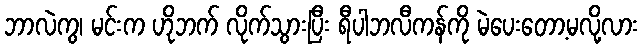
ဘာလဲကွ၊ မင်းက ဟိုဘက် လိုက်သွားပြီး ရီပါဘလီကန်ကို မဲပေးတော့မလို့လား